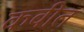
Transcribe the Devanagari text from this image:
कवीत